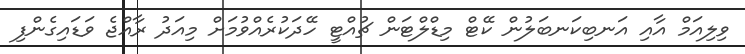
ވިލިއަމް އާއި އަނބިކަނބަލުން ކޭޓް މިޑްލްޓަން ޗުއްޓީ ހޭދަކުރެއްވުމަށް މިއަދު ރާއްޖެ ވަޑައިގެންފި